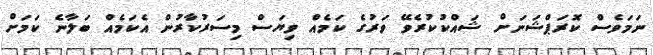
ނަމަވެސް ކޮރަޕްޝަނަށް ޝައްކުކުރެވޭ ވަރުގެ ކަމެއް ވިޔަސް މިސަރުކާރުން އެކަމެއް ބަލާނެ ކަމަށް